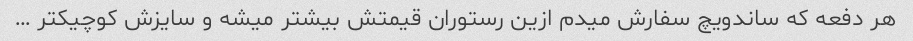
هر دفعه که ساندویچ سفارش میدم ازین رستوران قیمتش بیشتر میشه و سایزش کوچیکتر …